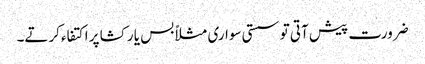
ضرورت پیش آتی تو سستی سواری مثلاً بس یا رکشا پر اکتفاء کرتے۔